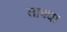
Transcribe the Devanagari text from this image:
साक्या